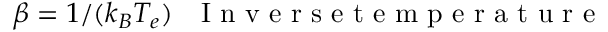
\beta = 1 / ( k _ { B } T _ { e } ) ~ ~ \mathrm { ~ I ~ n ~ v ~ e ~ r ~ s ~ e ~ t ~ e ~ m ~ p ~ e ~ r ~ a ~ t ~ u ~ r ~ e ~ }